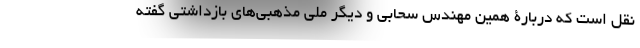
نقل است که دربارۀ همین مهندس سحابی و دیگر ملی مذهبی‌های بازداشتی گفته